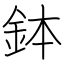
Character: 鉢